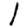
Digit: 1